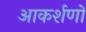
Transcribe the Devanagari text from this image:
आकर्शणों